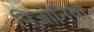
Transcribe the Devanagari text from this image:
पिज़ोनिया